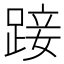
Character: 踥